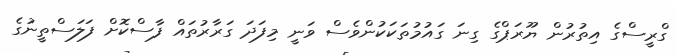
ގްރީސްގެ އިތުރުން ޔޫރަޕްގެ ގިނަ ގައުމުތަކަކުންވެސް ވަނީ މިފަދަ ގަރާރުތައް ފާސްކޮށް ފަލަސްތީނުގެ